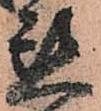
懇